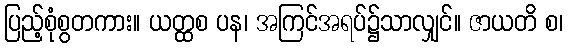
ပြည့်စုံစွတကား။ ယတ္ထစ ပန၊ အကြင်အရပ်၌သာလျှင်။ ဇာယတိ စ၊